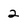
Character: 2